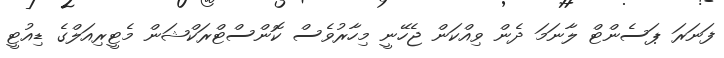
ފަނަރަ ޕަސެންޓް ލާނަމަ ދެން ވިއްކަން ޖެހޭނީ މިހާރުވެސް ކޮންސްޓްރަކްޝަން މެޓީރިއަލްގެ ޑިއުޓީ